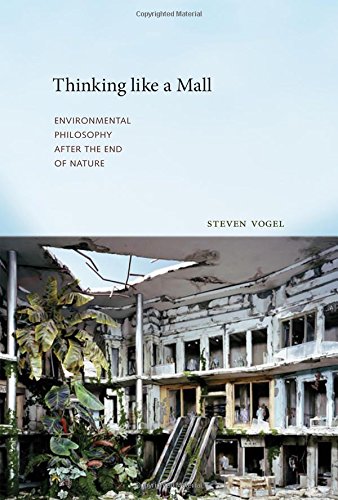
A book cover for Thinking like a Mall: Environmental Philosophy after the End of Nature; Steven Vogel; Politics & Social Sciences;